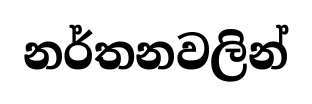
නර්තනවලින්